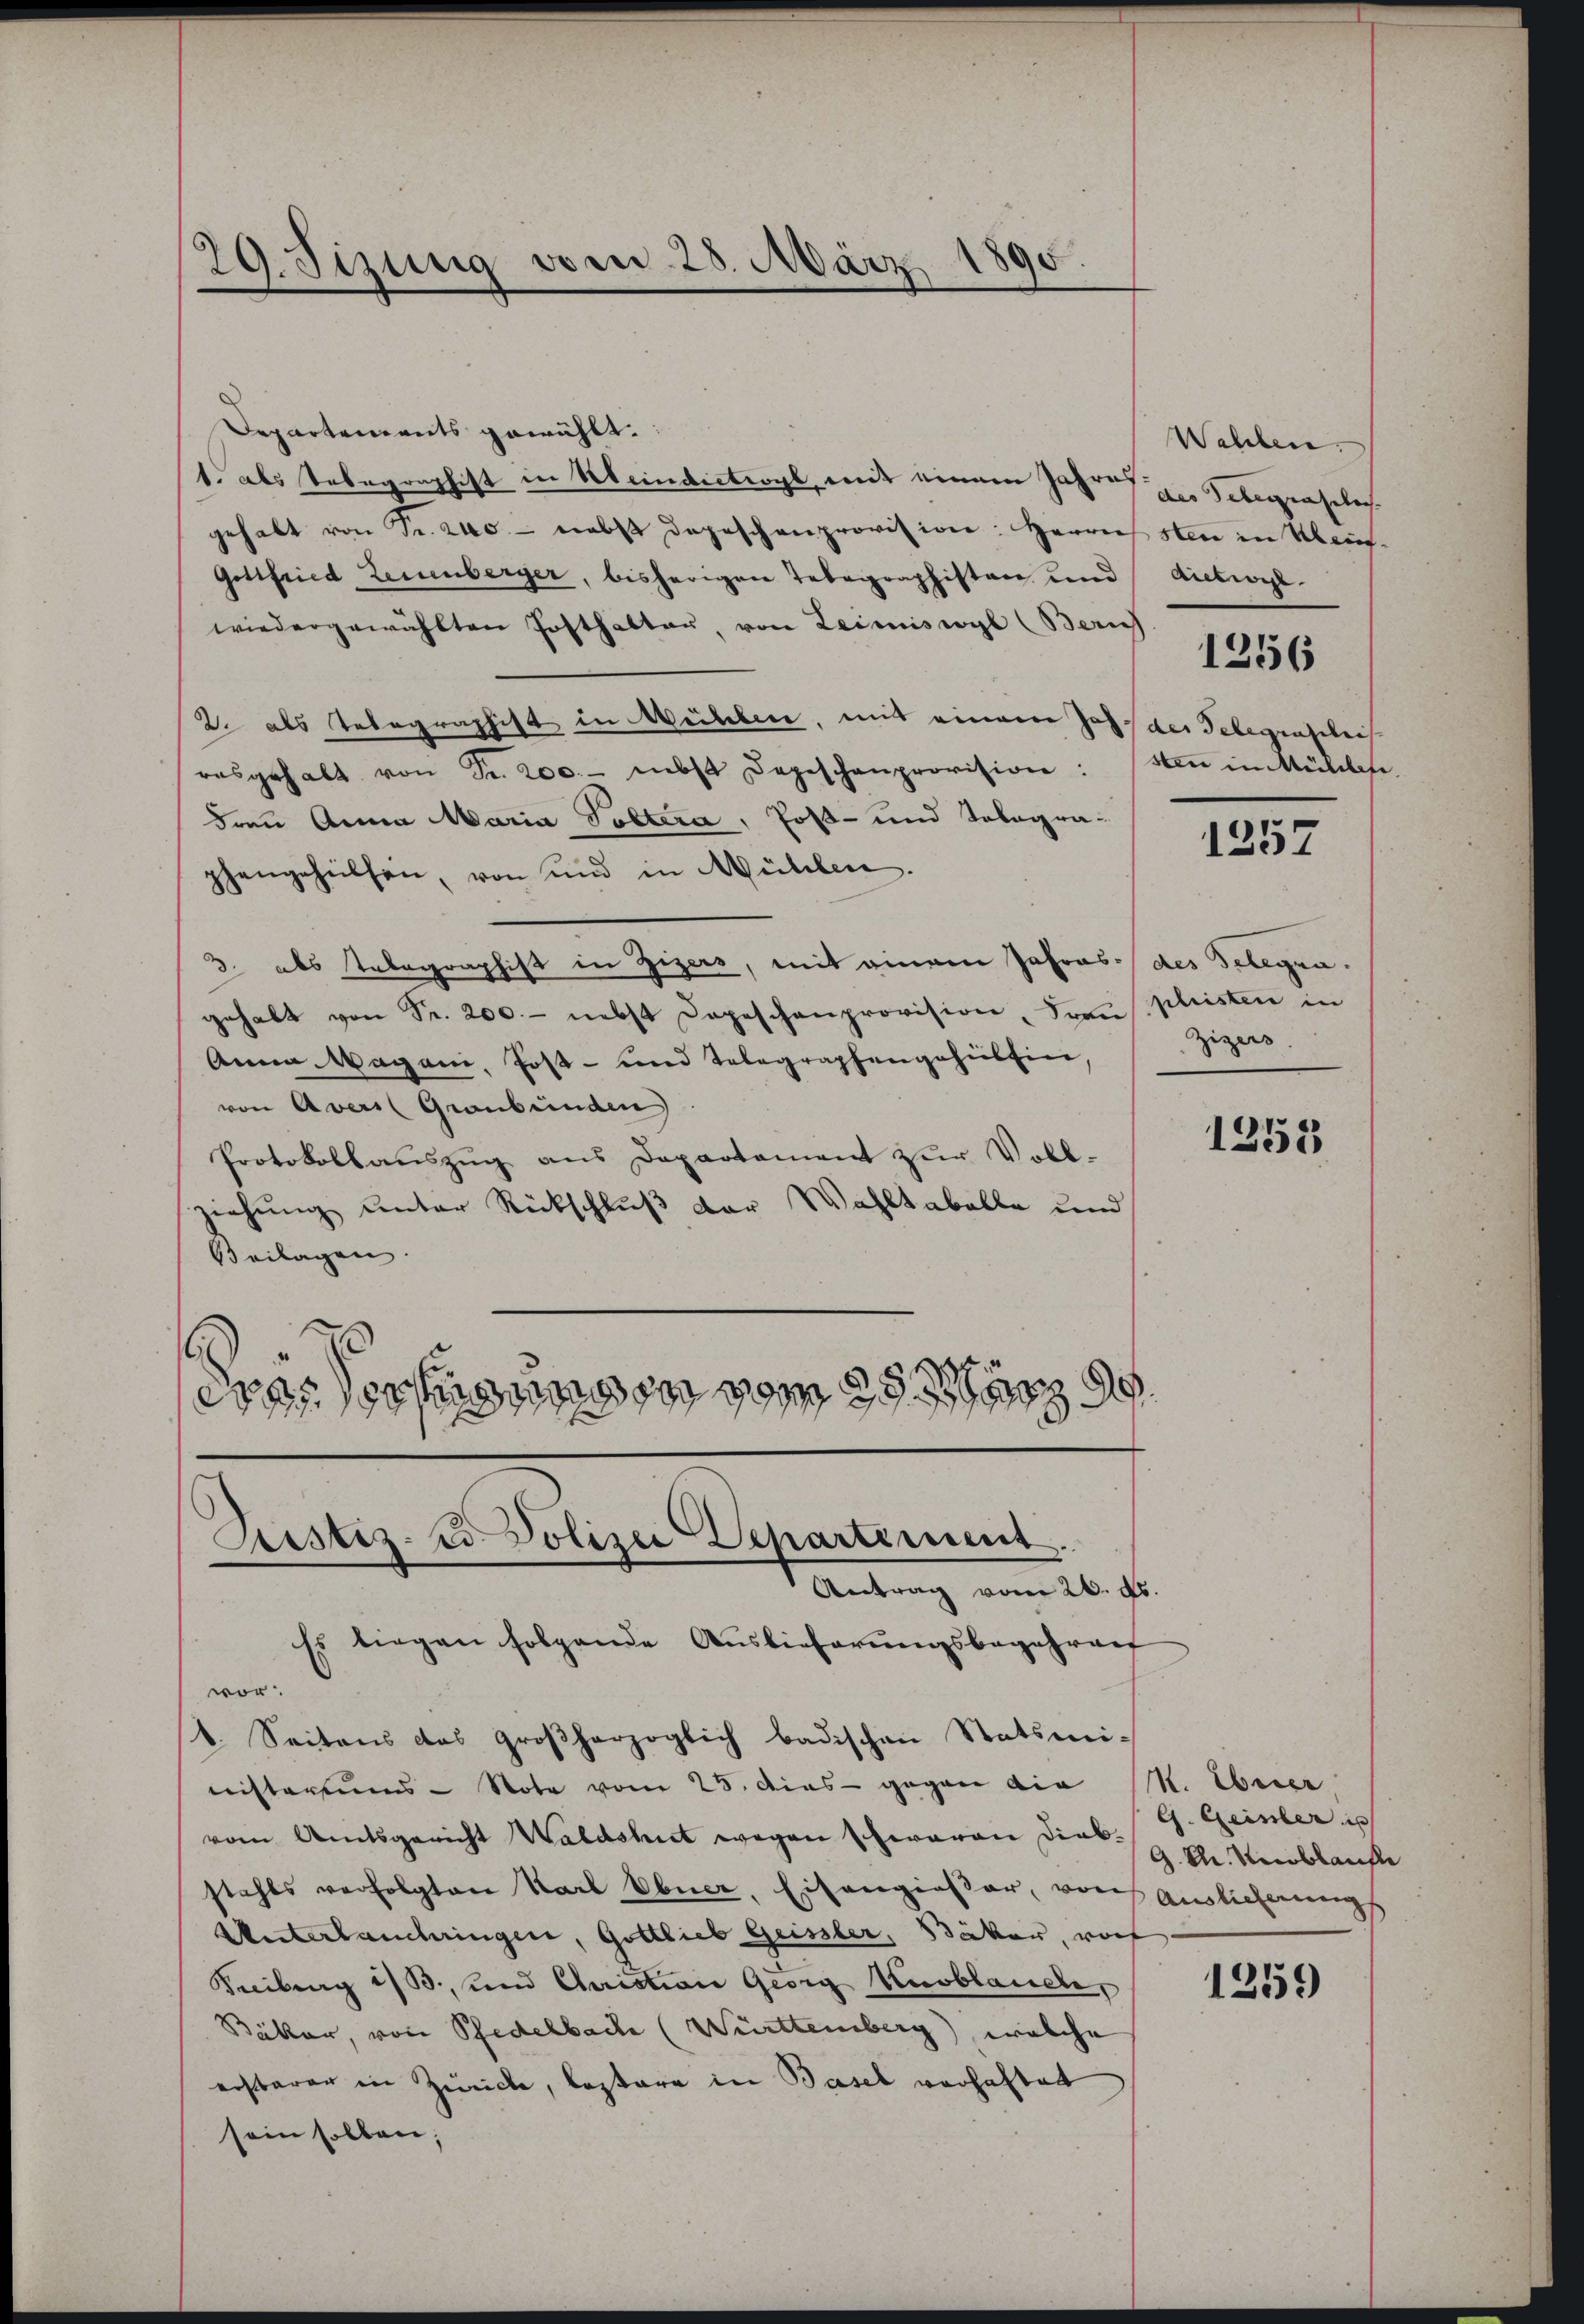
29. Sizung vom 28. März
d

Departements gewählt.
1. als Telegraphist in Meindictiogl mit einem Jahres der Telegrasels
gehalt von Fr. 240.- nebst depeschenprovision: Herrnsten in Klein-
Gottfried Leuenberger, bisherigen Telegraphisten und
wiedergewählten Posthalter, von Leimiswyl (Zürich
2. als Telegraphist in Weiheben, mit einem Jass der Telegrastleis
resgehalt von Fr. 200.- nebst Depeschanprovision: den in Mühlese
drei Anna Maria Poltera, Post- und Sologra-
phengehülfen, von und in Mühlen.
3. als Telegraphist in Zizers, mit einem Jahres des Telegragehabt von Fr. 200.- nebst Depeschenprovision, Frau pleisten in
Anna Magani, Post- und Telegraphengehilhier,
von Avers Graubünden
Protokollauszug aus Departement zur Voll-
ziehung unter Rückschluß der Wahltabelle und
Beilagen.
3
etas erfügung in vom

Justiz- & Polizei Departement.
Antrag vom 20. ds.

Es liegen folgende Auslieferungsbegehren
wor
1. Seitens das großherzoglich badischen Statsmi-
nisteriums- Note vom 25. Dies gegen die N. Überer,
vom Amtsgericht Waldshut wegen schwaren Dieb. G. Geister is
stahls verfolgten Karl Ebner, Eisengießer, von Auslieferungs
Unterlaubringen, Gottlieb Geissler, Bäker, worf
Keiburg i/B., und Chariation Georg Knoblauche,
Bäker, von Pedelbache (Württemberg), welche
erstaren in Zürich, leztere in Basel verhaftet
sein sollen;

Wehlen.
Aietwyl
1256

1257

Zigers.

1253

G. K. Reblaufe

1259